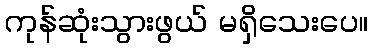
ကုန်ဆုံးသွားဖွယ် မရှိသေးပေ။